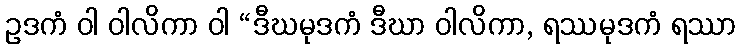
ဥဒကံ ဝါ ဝါလိကာ ဝါ “ဒီဃမုဒကံ ဒီဃာ ဝါလိကာ, ရဿမုဒကံ ရဿာ